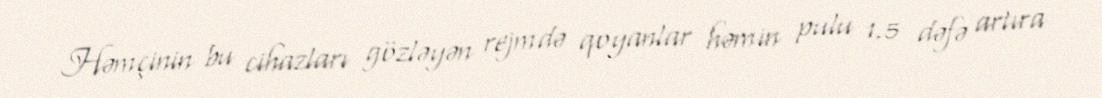
Həmçinin bu cihazları gözləyən rejmdə qoyanlar həmin pulu 1.5 dəfə artıra